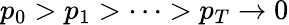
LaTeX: p_{0}>p_{1}>\dots>p_{T}\rightarrow 0